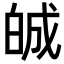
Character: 𤽷